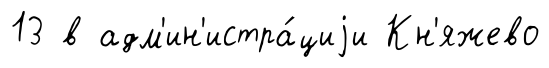
13 в адм'ин'истра́циjи Кн'яжево